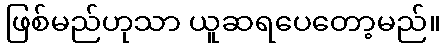
ဖြစ်မည်ဟုသာ ယူဆရပေတော့မည်။